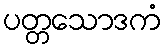
ပတ္တသောဒကံ